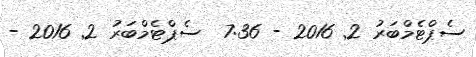
ސެޕްޓެމްބަރު 2